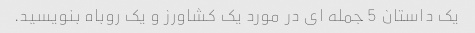
یک داستان 5 جمله ای در مورد یک کشاورز و یک روباه بنویسید.